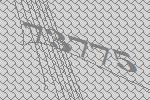
73775